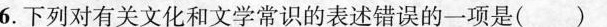
6.下列对有关文化和文学常识的表述错误的一项是()